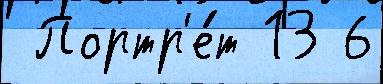
 Портр'е́т 13 6